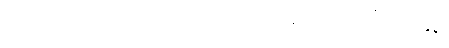
ကောင်းပေစွတကား။ သာဟံ၊ ထိုငါသည်။ ကာသိံ သုရုန္ဒနံ၊